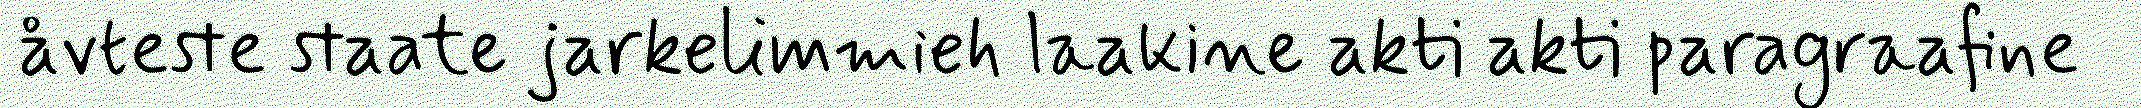
åvteste staate jarkelimmieh laakine akti akti paragraafine